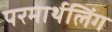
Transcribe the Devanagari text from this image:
परमार्थलिंग